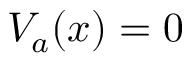
V _ { a } ( x ) = 0